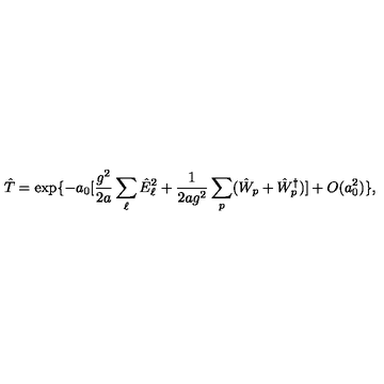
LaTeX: \hat { T } = \exp \{ - a _ { 0 } [ \frac { g ^ { 2 } } { 2 a } \sum _ { \ell } \hat { E } _ { \ell } ^ { 2 } + \frac { 1 } { 2 a g ^ { 2 } } \sum _ { p } ( \hat { W } _ { p } + \hat { W } _ { p } ^ { \dagger } ) ] + O ( a _ { 0 } ^ { 2 } ) \} ,